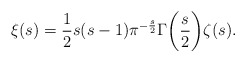
\begin{align*}\xi(s)=\frac{1}{2}s(s-1)\pi^{-\frac{s}{2}}\Gamma\biggl(\frac{s}{2}\biggr)\zeta(s).\end{align*}